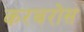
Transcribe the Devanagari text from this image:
करबरोस